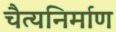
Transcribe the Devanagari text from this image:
चैत्यनिर्माण